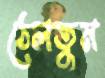
ঠেলতুম